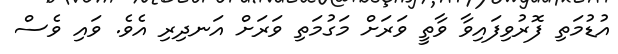
އުޑުމަތި ފޮރުވިފައިވާ ވާތީ ވަރަށް މަގުމަތި ވަރަށް އަނދިރި އެވެ. ވައި ވެސް